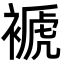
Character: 褫